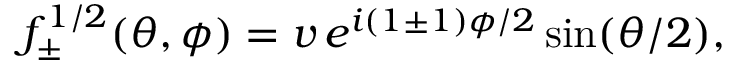
f _ { \pm } ^ { 1 / 2 } ( \theta , \phi ) = v \, e ^ { i ( 1 \pm 1 ) \phi / 2 } \sin ( \theta / 2 ) ,